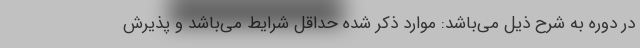
در دوره به شرح ذیل می‌باشد: موارد ذکر شده حداقل شرایط می‌باشد و پذیرش